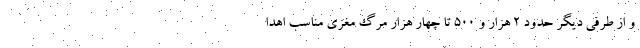
و از طرفی دیگر حدود ۲ هزار و ۵۰۰ تا چهار هزار مرگ مغزی مناسب اهدا